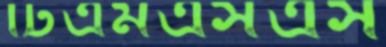
টিএমএসএস